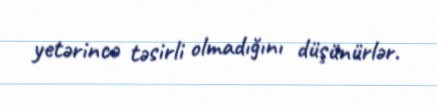
yetərincə təsirli olmadığını düşünürlər.